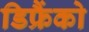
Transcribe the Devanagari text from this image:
डिफ्रैंको